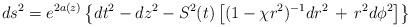
LaTeX: \begin{align*}ds^{2} = e^{2a(z)}\left\{ dt^{2} - dz^{2} - S^{2}(t) \left[ (1 - {\chi}r^{2})^{-1}dr^{2} \,+\, r^{2}d{\phi}^{2}\right]\right\}\end{align*}